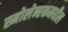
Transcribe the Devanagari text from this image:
स्मोलेन्स्कमधील